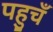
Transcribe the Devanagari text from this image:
पहुचँ